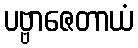
ပဗ္ဗာဇေတာယံ